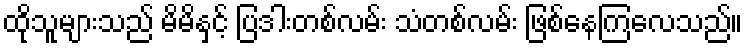
ထိုသူများသည် မိမိနှင့် ပြဒါးတစ်လမ်း သံတစ်လမ်း ဖြစ်နေကြလေသည်။